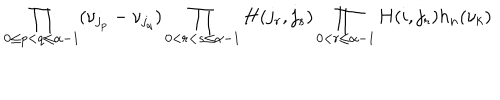
\prod _ { 0 \leq p < q \leq \alpha - 1 } ( \nu _ { j _ { p } } - \nu _ { j _ { q } } ) \prod _ { 0 < r < s \leq \alpha - 1 } H ( j _ { r } , j _ { s } ) \prod _ { 0 < r \leq \alpha - 1 } H ( i , j _ { r } ) h _ { n } ( \nu _ { k } )